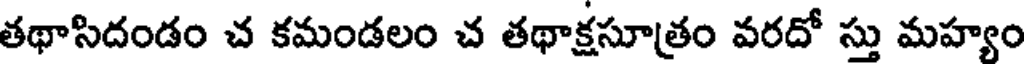
తథాసిదండం చ కమండలం చ తథాక్షసూత్రం వరదో స్తు మహ్యం